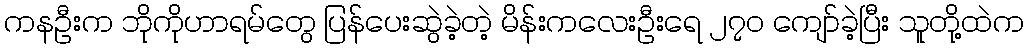
ကနဦးက ဘိုကိုဟာရမ်တွေ ပြန်ပေးဆွဲခဲ့တဲ့ မိန်းကလေးဦးရေ ၂၇၀ ကျော်ခဲ့ပြီး သူတို့ထဲက